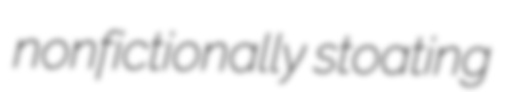
nonfictionally stoating